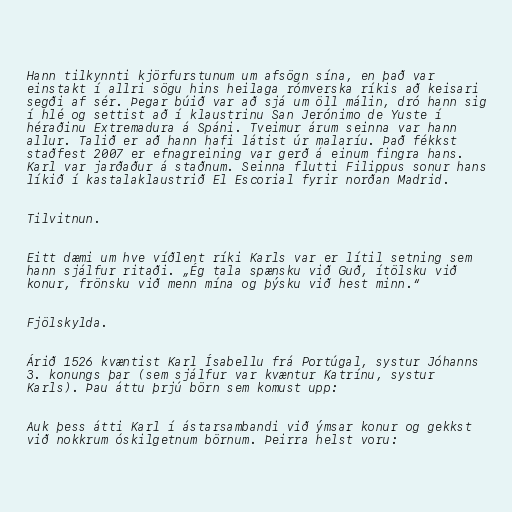
Hann tilkynnti kjörfurstunum um afsögn sína, en það var
einstakt í allri sögu hins heilaga rómverska ríkis að keisari
segði af sér. Þegar búið var að sjá um öll málin, dró hann sig
í hlé og settist að í klaustrinu San Jerónimo de Yuste í
héraðinu Extremadura á Spáni. Tveimur árum seinna var hann
allur. Talið er að hann hafi látist úr malaríu. Það fékkst
staðfest 2007 er efnagreining var gerð á einum fingra hans.
Karl var jarðaður á staðnum. Seinna flutti Filippus sonur hans
líkið í kastalaklaustrið El Escorial fyrir norðan Madrid.

Tilvitnun.

Eitt dæmi um hve víðlent ríki Karls var er lítil setning sem
hann sjálfur ritaði. „Ég tala spænsku við Guð, ítölsku við
konur, frönsku við menn mína og þýsku við hest minn.“

Fjölskylda.

Árið 1526 kvæntist Karl Ísabellu frá Portúgal, systur Jóhanns
3. konungs þar (sem sjálfur var kvæntur Katrínu, systur
Karls). Þau áttu þrjú börn sem komust upp:

Auk þess átti Karl í ástarsambandi við ýmsar konur og gekkst
við nokkrum óskilgetnum börnum. Þeirra helst voru: